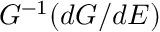
G ^ { - 1 } ( d G / d E )